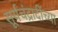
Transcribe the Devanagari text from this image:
सूर्यचंद्रादींच्या